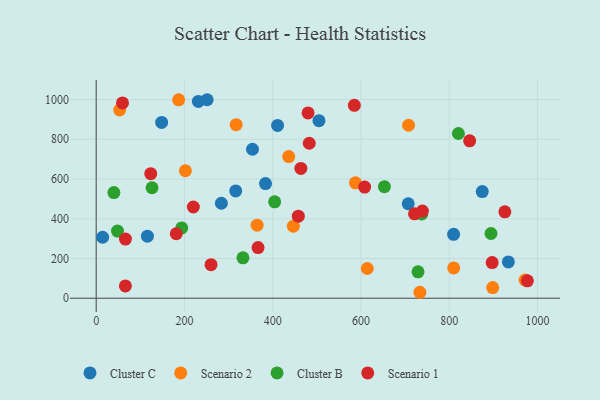
{"axis": {"x": "Investment", "y": "Profit"}, "legend": ["Cluster B", "Cluster C", "Scenario 1", "Scenario 2"], "data": [{"x": "251.4", "y": 999.1, "type": "Cluster C"}, {"x": "933.7", "y": 182.9, "type": "Cluster C"}, {"x": "874.6", "y": 536.6, "type": "Cluster C"}, {"x": "283.6", "y": 478.0, "type": "Cluster C"}, {"x": "231.5", "y": 990.7, "type": "Cluster C"}, {"x": "354.1", "y": 749.7, "type": "Cluster C"}, {"x": "14.6", "y": 306.8, "type": "Cluster C"}, {"x": "706.9", "y": 475.6, "type": "Cluster C"}, {"x": "383.6", "y": 576.8, "type": "Cluster C"}, {"x": "504.7", "y": 893.7, "type": "Cluster C"}, {"x": "410.9", "y": 869.5, "type": "Cluster C"}, {"x": "148.3", "y": 884.9, "type": "Cluster C"}, {"x": "809.7", "y": 321.5, "type": "Cluster C"}, {"x": "316.1", "y": 539.8, "type": "Cluster C"}, {"x": "116.1", "y": 312.2, "type": "Cluster C"}, {"x": "364.6", "y": 367.5, "type": "Scenario 2"}, {"x": "898.3", "y": 53.6, "type": "Scenario 2"}, {"x": "446.7", "y": 362.7, "type": "Scenario 2"}, {"x": "707.6", "y": 870.7, "type": "Scenario 2"}, {"x": "733.3", "y": 29.9, "type": "Scenario 2"}, {"x": "53.2", "y": 947.7, "type": "Scenario 2"}, {"x": "587.3", "y": 580.9, "type": "Scenario 2"}, {"x": "186.8", "y": 998.8, "type": "Scenario 2"}, {"x": "317.1", "y": 873.7, "type": "Scenario 2"}, {"x": "614.1", "y": 149.5, "type": "Scenario 2"}, {"x": "809.9", "y": 152.5, "type": "Scenario 2"}, {"x": "436.2", "y": 712.7, "type": "Scenario 2"}, {"x": "202.1", "y": 641.5, "type": "Scenario 2"}, {"x": "971.6", "y": 91.6, "type": "Scenario 2"}, {"x": "820.6", "y": 829.2, "type": "Cluster B"}, {"x": "652.9", "y": 561.5, "type": "Cluster B"}, {"x": "193.8", "y": 353.8, "type": "Cluster B"}, {"x": "332.5", "y": 203.5, "type": "Cluster B"}, {"x": "894.4", "y": 325.8, "type": "Cluster B"}, {"x": "126.5", "y": 556.0, "type": "Cluster B"}, {"x": "48.3", "y": 337.7, "type": "Cluster B"}, {"x": "729.1", "y": 132.8, "type": "Cluster B"}, {"x": "404.3", "y": 485.1, "type": "Cluster B"}, {"x": "40.1", "y": 531.8, "type": "Cluster B"}, {"x": "737.6", "y": 424.5, "type": "Cluster B"}, {"x": "976.8", "y": 87.4, "type": "Scenario 1"}, {"x": "260.2", "y": 168.8, "type": "Scenario 1"}, {"x": "846.0", "y": 792.1, "type": "Scenario 1"}, {"x": "123.6", "y": 627.0, "type": "Scenario 1"}, {"x": "608.1", "y": 559.2, "type": "Scenario 1"}, {"x": "220.1", "y": 459.1, "type": "Scenario 1"}, {"x": "584.8", "y": 970.7, "type": "Scenario 1"}, {"x": "59.6", "y": 983.2, "type": "Scenario 1"}, {"x": "480.0", "y": 932.5, "type": "Scenario 1"}, {"x": "66.2", "y": 62.1, "type": "Scenario 1"}, {"x": "366.7", "y": 255.1, "type": "Scenario 1"}, {"x": "925.8", "y": 434.8, "type": "Scenario 1"}, {"x": "721.2", "y": 424.8, "type": "Scenario 1"}, {"x": "457.9", "y": 412.9, "type": "Scenario 1"}, {"x": "739.0", "y": 438.5, "type": "Scenario 1"}, {"x": "181.4", "y": 324.5, "type": "Scenario 1"}, {"x": "897.0", "y": 179.3, "type": "Scenario 1"}, {"x": "463.7", "y": 653.3, "type": "Scenario 1"}, {"x": "66.3", "y": 297.7, "type": "Scenario 1"}, {"x": "482.7", "y": 779.9, "type": "Scenario 1"}]}